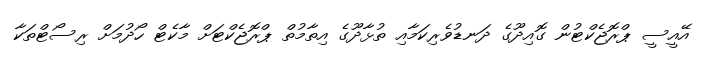
އޭއީސީ ޕްރޮޖެކްޓުން ގޮއިދޫގެ ދަނޑުވެރިކަމާއި ތުޅާދޫގެ އިތާމުތް ޕްރޮޖެކްޓަށް މާކެޓް ހޯދުމަށް ރިސޯޓްތަކާ